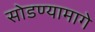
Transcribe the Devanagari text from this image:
सोडण्यामागे